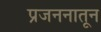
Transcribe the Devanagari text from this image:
प्रजननातून